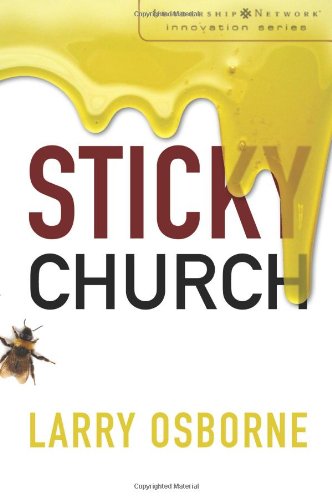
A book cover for Sticky Church (Leadership Network Innovation Series); Larry Osborne; Christian Books & Bibles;